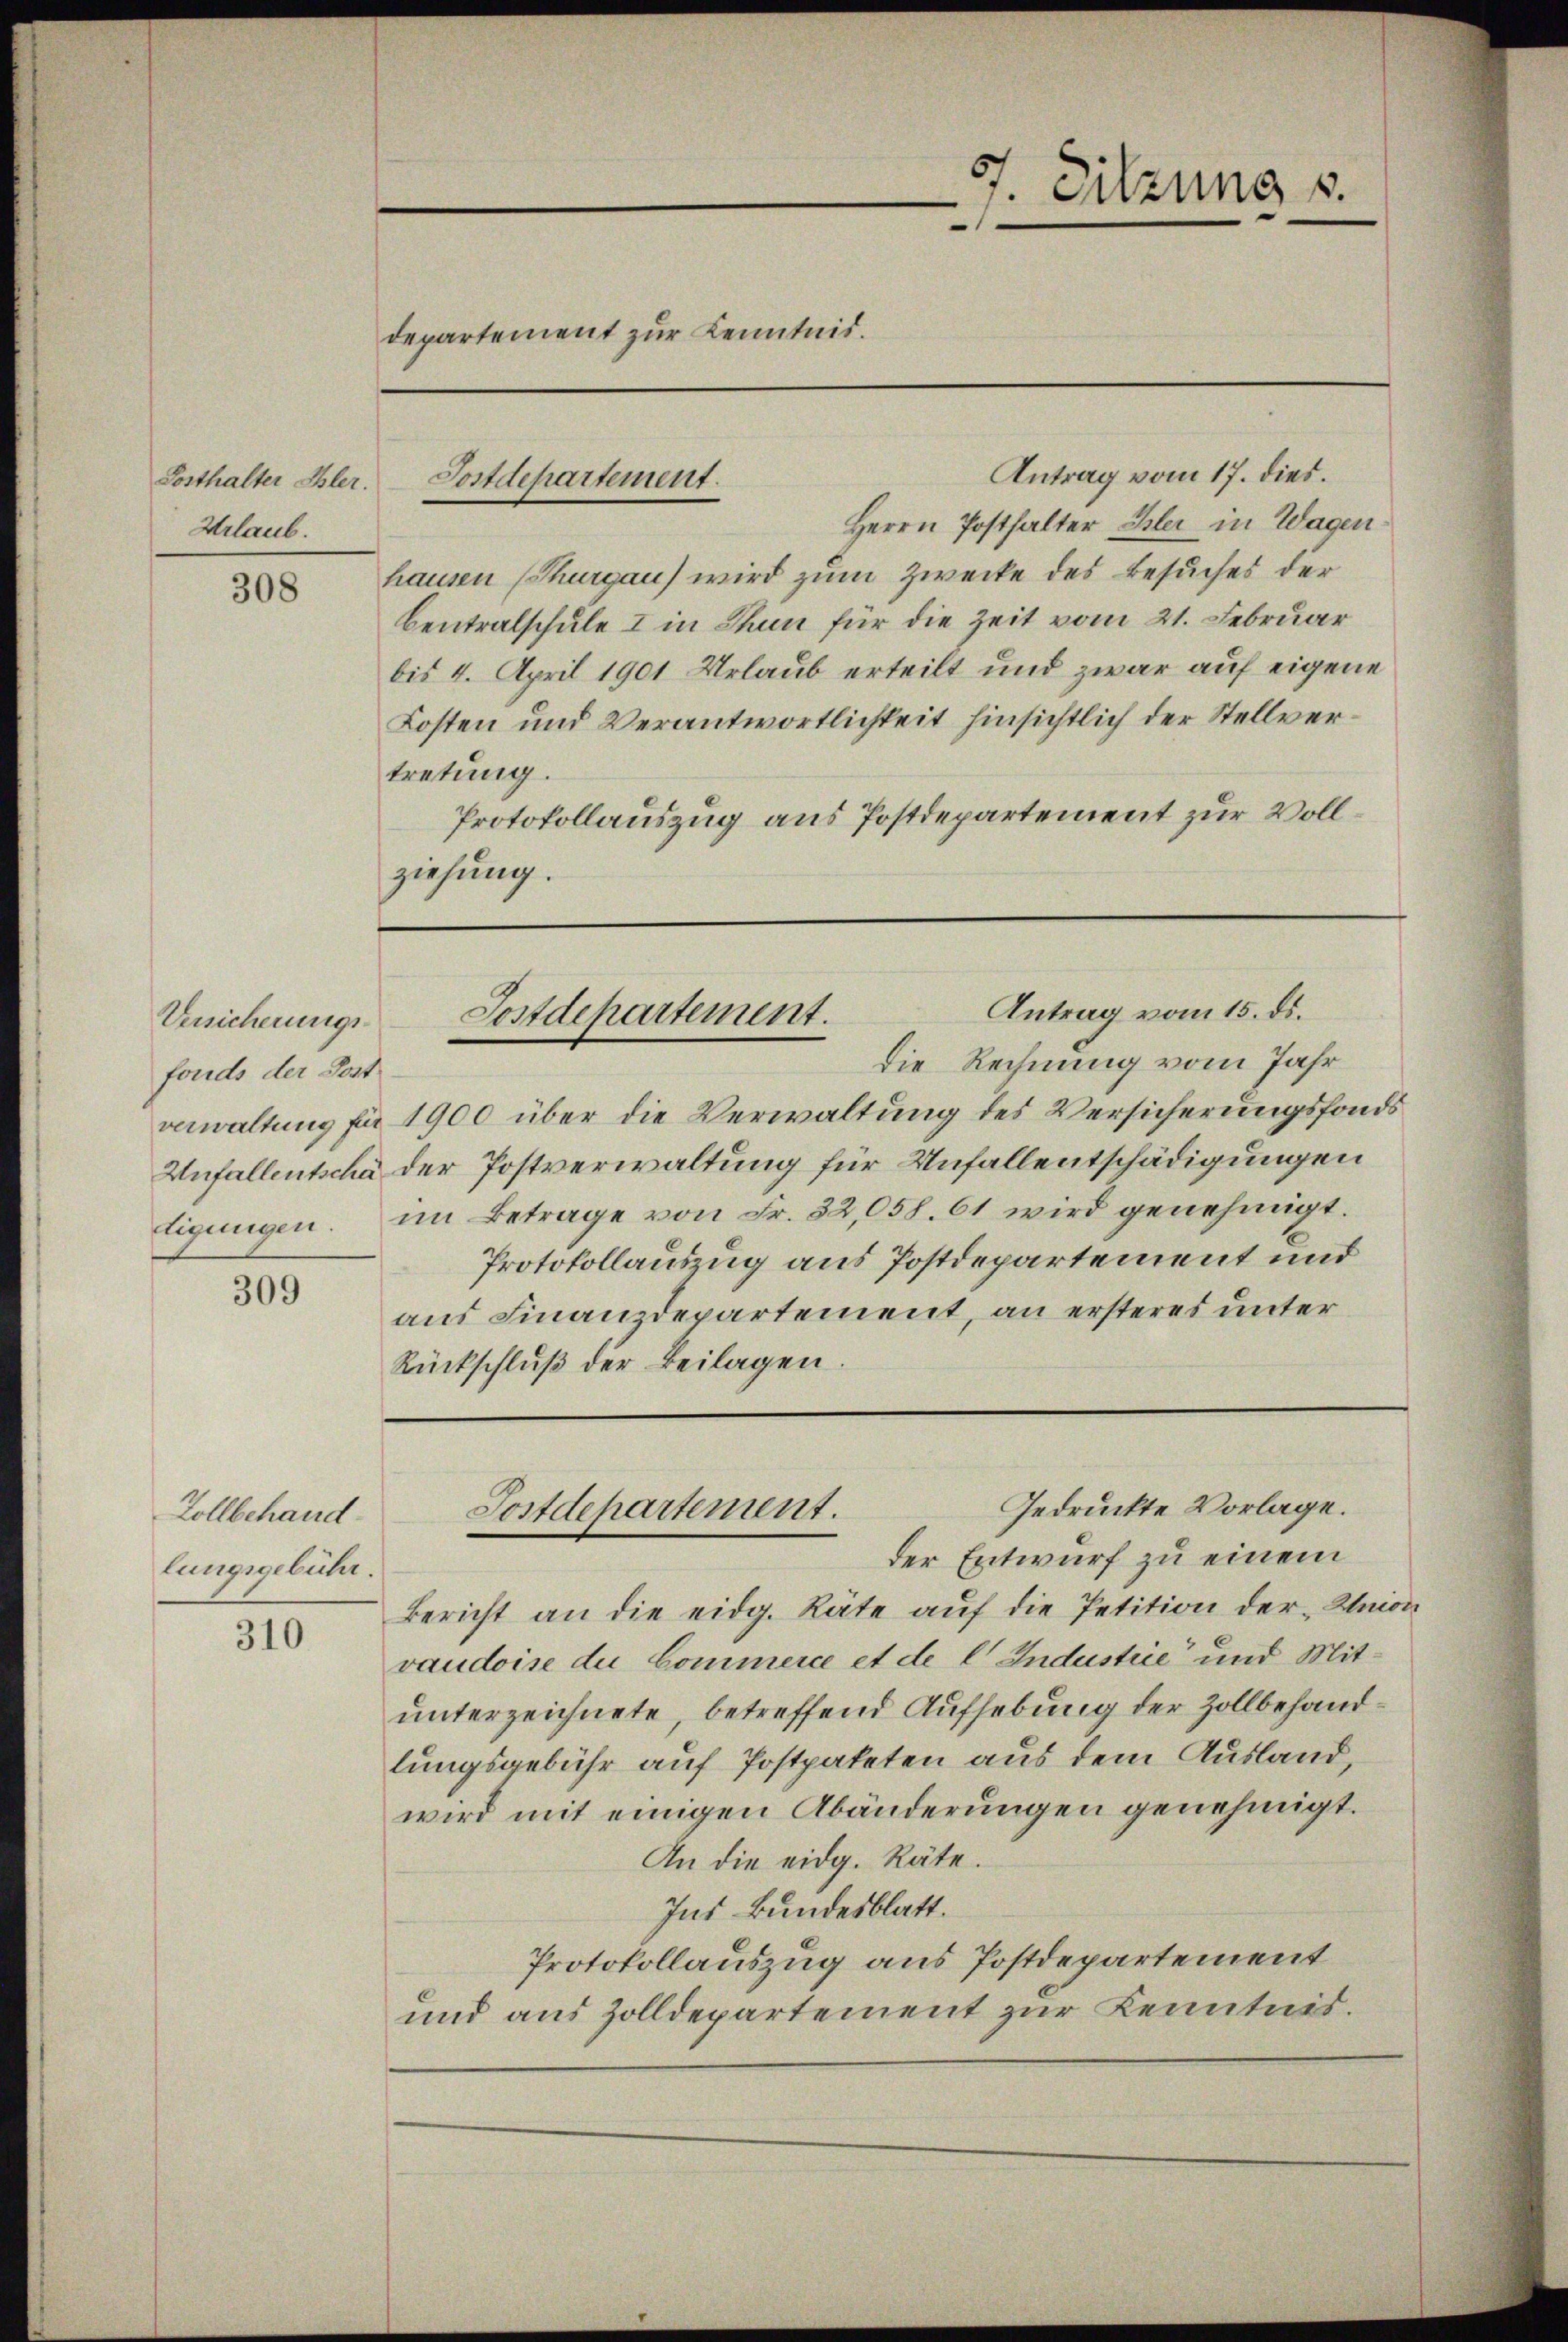
Posthalter Ehler.
Urlaub.

308

Versicherungs-
fonds der Post

309

Zollbehand
lungsgebühr.

310

departement zur Kenntnis.

Antrag vom 17. dies.
Herrn Posthalter Cler in Wagen
hausen (Thurgau) wird zum Zwecke des Besuches der
Centralschule I in Thun für die Zeit vom 21. Februar
bis 4. April 1901 Urlaub erteilt und zwar auf eigene
Kosten und Verantwortlichkeit hinsichtlich der Stellvertretung.
Protokollauszug aus Postdepartement zur Vollziehung.

Postdepartement.

anwaltung für 1900 über die Verwaltung des Versicherungsfonds
Unfallentscha der Postverwaltung für Unfallentschädigungen
tigungen. im Betrage von Fr. 32,058. 61 wird genehmigt.
Protokollauszug aus Postdepartement und
aus Finanzdepartement, an ersteres unter
Rückschluß der Beilagen.

37. Sitzung s.

Antrag vom 15. ds.
Postdepartement.
die Rechnung vom Jahr

Gedruckte Vorlage.
Postdepartement.

der Entwurf zu einem
bericht an die eidg. Räte auf die Petition der Union
vaudoise du Commerce et de l. Industrie und Mitunterzeichnete, betreffend Aufhebung der Zollbehandlungsgebühr auf Postpaketen aus dem Ausland,
wird mit einigen Abänderungen genehmigt.
An die eidg. Räte.
Ins Bundesblatt.
Protokollauszug aus Postdepartement
und aus Zolldepartement zur Kenntnis.